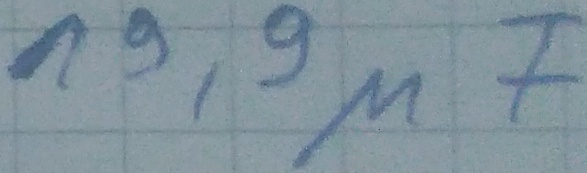
Text: 19,9µF